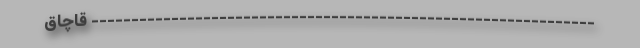
--------------------------------------------------------------- قاچاق